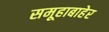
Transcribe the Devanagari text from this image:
समूहाबाहेर